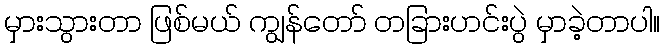
မှားသွားတာ ဖြစ်မယ် ကျွန်တော် တခြားဟင်းပွဲ မှာခဲ့တာပါ။